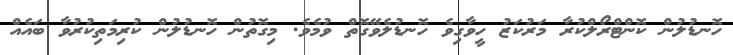
ހޮނޑުލުން ކޮންޓްރޯލްކުރާ މަރުކަޒު ހީވާގިވެ ހޮނޑުލެވޭގޮތް ވުމެވެ. މިގޮތުން ހޮނޑުލުން ކުރިމަތިކުރުވާ ބައެއް